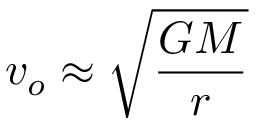
v _ { o } \approx { \sqrt { \frac { G M } { r } } }